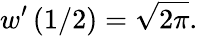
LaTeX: w^{\prime}\left(1/2\right)={\sqrt{2\pi}}.